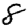
Digit: 8